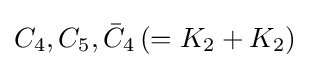
C_{4},C_{5},{\bar {C}}_{4}\left(=K_{2}+K_{2}\right)